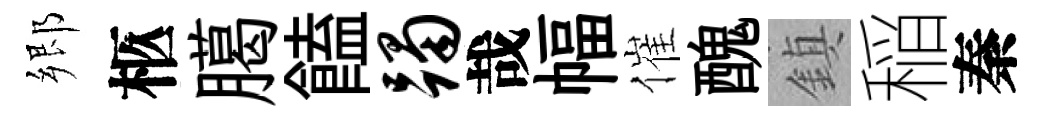
郷柩臈饁躅哉幅催醜鎮稲秦